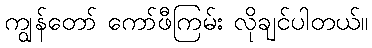
ကျွန်တော် ကော်ဖီကြမ်း လိုချင်ပါတယ်။